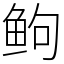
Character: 𬶋